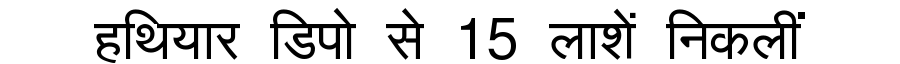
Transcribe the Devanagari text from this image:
हथियार डिपो से 15 लाशें निकलीं